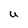
Character: U